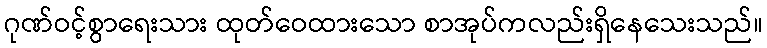
ဂုဏ်ဝင့်စွာရေးသား ထုတ်ဝေထားသော စာအုပ်ကလည်းရှိနေသေးသည်။